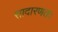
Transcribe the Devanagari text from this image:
सादारणतः